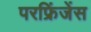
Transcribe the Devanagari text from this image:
परफ्रिंजेंस